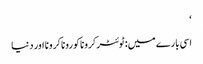
‘
اسی بارے میں: ٹوئٹرکروناکوروناکرونا اور دنیا